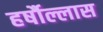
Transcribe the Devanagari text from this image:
हर्षौल्लास